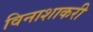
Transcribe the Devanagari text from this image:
विनाशाकरी